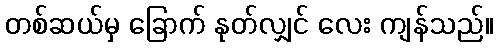
တစ်ဆယ်မှ ခြောက် နုတ်လျှင် လေး ကျန်သည်။